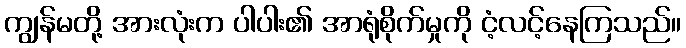
ကျွန်မတို့ အားလုံးက ပါပါး၏ အာရုံစိုက်မှုကို ငံ့လင့်နေကြသည်။